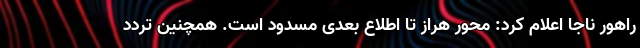
راهور ناجا اعلام کرد: محور هراز تا اطلاع بعدی مسدود است. همچنین تردد